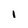
Character: I